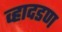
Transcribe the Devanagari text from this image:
व्हादडण